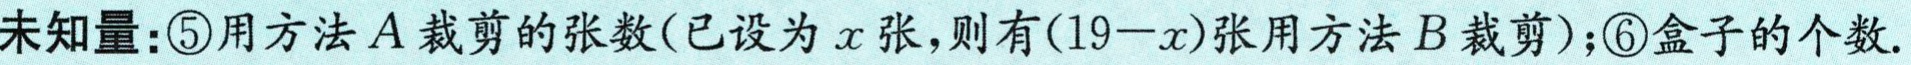
未知量：\textcircled{5}用方法\(A\)裁剪的张数(已设为\(x\)张，则有\((19 - x)\)张用方法\(B\)裁剪)；\textcircled{6}盒子的个数.